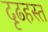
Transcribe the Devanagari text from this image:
दृढहस्त